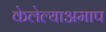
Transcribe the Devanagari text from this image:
केलेल्याअमाप